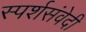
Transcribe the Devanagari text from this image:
स्पर्शसंवेदी